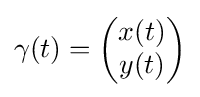
\gamma (t)={\begin{pmatrix}x(t)\\y(t)\end{pmatrix}}